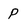
Character: P